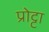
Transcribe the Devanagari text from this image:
प्रोट्टा